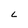
Character: L